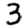
Digit: 3